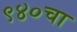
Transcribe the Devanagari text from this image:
९४०चा